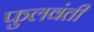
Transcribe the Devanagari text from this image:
फुलवंती